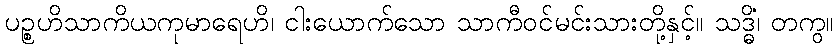
ပဉ္စဟိသာကိယကုမာရေဟိ၊ ငါးယောက်သော သာကီဝင်မင်းသားတို့နှင့်။ သဒ္ဓိံ၊ တကွ။